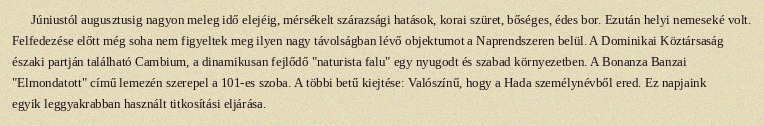
Júniustól augusztusig nagyon meleg idő elejéig, mérsékelt szárazsági hatások, korai szüret, bőséges, édes bor. Ezután helyi nemeseké volt. Felfedezése előtt még soha nem figyeltek meg ilyen nagy távolságban lévő objektumot a Naprendszeren belül. A Dominikai Köztársaság északi partján található Cambium, a dinamikusan fejlődő "naturista falu" egy nyugodt és szabad környezetben. A Bonanza Banzai "Elmondatott" című lemezén szerepel a 101-es szoba. A többi betű kiejtése: Valószínű, hogy a Hada személynévből ered. Ez napjaink egyik leggyakrabban használt titkosítási eljárása.